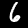
Label: 6